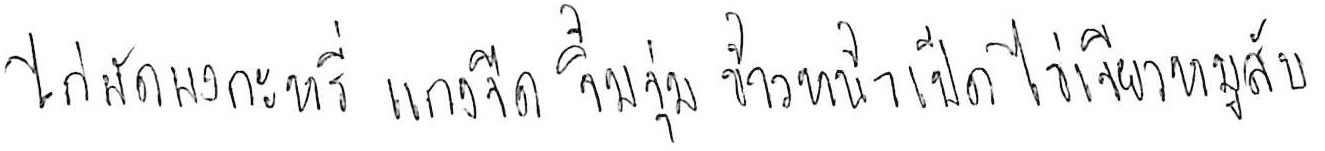
ไก่ผัดผงกะหรี่ แกงจืด จิ้มจุ่ม ข้าวหน้าเป็ด ไข่เจียวหมูสับ